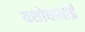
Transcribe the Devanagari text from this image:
यशोधाबाई